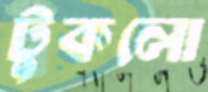
টুকলো